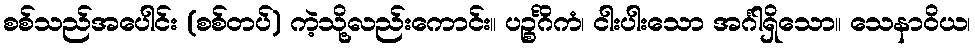
စစ်သည်အပေါင်း (စစ်တပ်) ကဲ့သို့လည်းကောင်း။ ပဉ္စင်္ဂိကံ၊ ငါးပါးသော အင်္ဂါရှိသော။ သေနာဝိယ၊